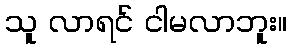
သူ လာရင် ငါမလာဘူး။